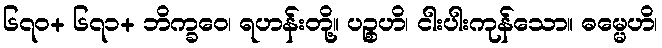
၆၇၀+ ၆၇၁+ ဘိက္ခဝေ၊ ရဟန်းတို့။ ပဉ္စဟိ၊ ငါးပါးကုန်သော။ ဓမ္မေဟိ၊